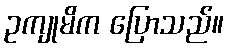
ဥကျုမိက ပြောသည်။